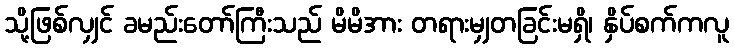
သို့ဖြစ်လျှင် ခမည်းတော်ကြီးသည် မိမိအား တရားမျှတခြင်းမရှိ၊ နှိပ်စက်ကလူ